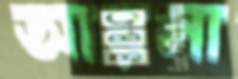
আয়লা